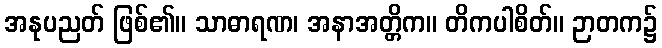
အနုပညတ် ဖြစ်၏။ သာဓာရဏ၊ အနာအတ္တိက။ တိကပါစိတ်။ ဉာတက၌